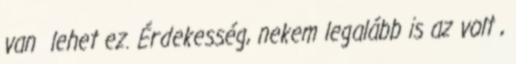
van lehet ez. Érdekesség, nekem legalább is az volt ,